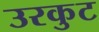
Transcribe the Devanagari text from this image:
उरकुट